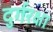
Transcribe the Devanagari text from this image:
दुर्गरक्षा